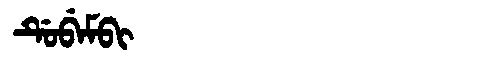
Manchu: ᡩᡠᠪᡝᠮᠪᡳ
Romanization: DUBEMBI